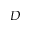
D